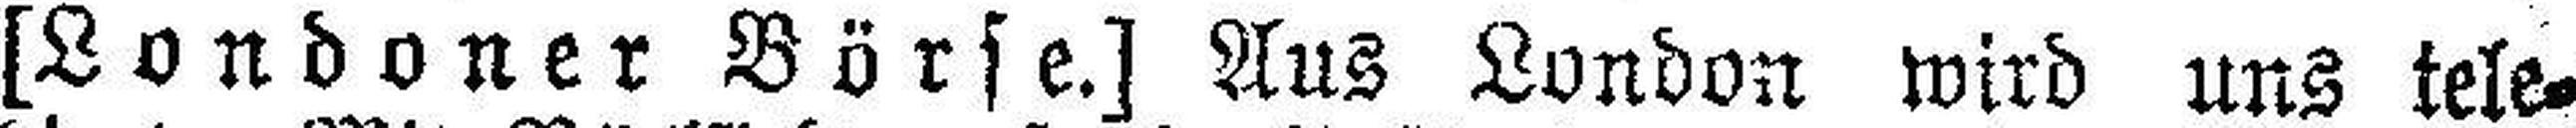
[Londoner Börse.] Aus London wird uns tele¬